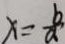
x = \frac { b } { a }